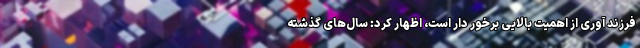
فرزند آوری از اهمیت بالایی برخور دار است، اظهار کرد: سال‌های گذشته